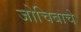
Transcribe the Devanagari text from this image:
जोचिबाचे